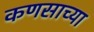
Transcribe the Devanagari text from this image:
कणसाच्या